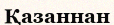
Қазаннан